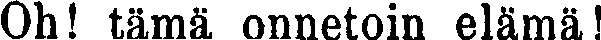
Oh! tämä onnetoin elämä!